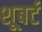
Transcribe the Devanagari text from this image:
शूबर्ट